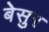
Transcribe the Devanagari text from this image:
बेसुर